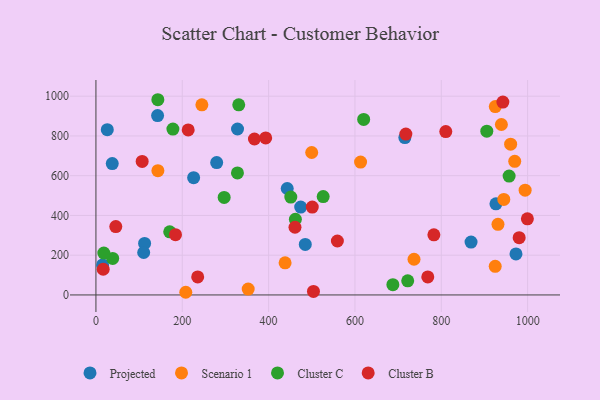
{"axis": {"x": "Distance", "y": "Salary"}, "legend": ["Cluster B", "Cluster C", "Projected", "Scenario 1"], "data": [{"x": "142.8", "y": 902.4, "type": "Projected"}, {"x": "443.1", "y": 535.6, "type": "Projected"}, {"x": "868.9", "y": 266.1, "type": "Projected"}, {"x": "484.9", "y": 254.3, "type": "Projected"}, {"x": "15.5", "y": 150.9, "type": "Projected"}, {"x": "112.7", "y": 259.2, "type": "Projected"}, {"x": "110.6", "y": 213.5, "type": "Projected"}, {"x": "226.3", "y": 590.2, "type": "Projected"}, {"x": "474.3", "y": 442.0, "type": "Projected"}, {"x": "37.8", "y": 660.7, "type": "Projected"}, {"x": "973.0", "y": 206.6, "type": "Projected"}, {"x": "279.7", "y": 666.0, "type": "Projected"}, {"x": "328.0", "y": 835.0, "type": "Projected"}, {"x": "926.6", "y": 458.3, "type": "Projected"}, {"x": "715.6", "y": 792.0, "type": "Projected"}, {"x": "26.3", "y": 831.7, "type": "Projected"}, {"x": "613.0", "y": 668.4, "type": "Scenario 1"}, {"x": "736.8", "y": 179.5, "type": "Scenario 1"}, {"x": "208.1", "y": 13.4, "type": "Scenario 1"}, {"x": "924.9", "y": 143.9, "type": "Scenario 1"}, {"x": "931.3", "y": 355.3, "type": "Scenario 1"}, {"x": "994.2", "y": 527.2, "type": "Scenario 1"}, {"x": "352.7", "y": 29.7, "type": "Scenario 1"}, {"x": "970.1", "y": 672.3, "type": "Scenario 1"}, {"x": "939.2", "y": 857.5, "type": "Scenario 1"}, {"x": "499.8", "y": 716.7, "type": "Scenario 1"}, {"x": "245.4", "y": 956.5, "type": "Scenario 1"}, {"x": "944.8", "y": 480.5, "type": "Scenario 1"}, {"x": "925.1", "y": 947.8, "type": "Scenario 1"}, {"x": "143.5", "y": 625.0, "type": "Scenario 1"}, {"x": "960.6", "y": 758.5, "type": "Scenario 1"}, {"x": "438.2", "y": 161.4, "type": "Scenario 1"}, {"x": "687.8", "y": 51.5, "type": "Cluster C"}, {"x": "722.2", "y": 71.2, "type": "Cluster C"}, {"x": "620.2", "y": 883.2, "type": "Cluster C"}, {"x": "38.8", "y": 183.6, "type": "Cluster C"}, {"x": "905.4", "y": 823.9, "type": "Cluster C"}, {"x": "451.4", "y": 492.3, "type": "Cluster C"}, {"x": "143.4", "y": 982.2, "type": "Cluster C"}, {"x": "18.3", "y": 210.5, "type": "Cluster C"}, {"x": "462.0", "y": 380.9, "type": "Cluster C"}, {"x": "170.9", "y": 317.4, "type": "Cluster C"}, {"x": "957.1", "y": 598.1, "type": "Cluster C"}, {"x": "526.4", "y": 494.8, "type": "Cluster C"}, {"x": "330.8", "y": 956.6, "type": "Cluster C"}, {"x": "178.3", "y": 834.5, "type": "Cluster C"}, {"x": "327.8", "y": 614.1, "type": "Cluster C"}, {"x": "297.0", "y": 490.4, "type": "Cluster C"}, {"x": "235.7", "y": 90.5, "type": "Cluster B"}, {"x": "980.4", "y": 288.3, "type": "Cluster B"}, {"x": "184.3", "y": 303.2, "type": "Cluster B"}, {"x": "107.1", "y": 671.9, "type": "Cluster B"}, {"x": "213.7", "y": 830.1, "type": "Cluster B"}, {"x": "559.3", "y": 271.5, "type": "Cluster B"}, {"x": "782.8", "y": 302.4, "type": "Cluster B"}, {"x": "461.1", "y": 340.5, "type": "Cluster B"}, {"x": "501.1", "y": 442.2, "type": "Cluster B"}, {"x": "768.7", "y": 90.6, "type": "Cluster B"}, {"x": "999.4", "y": 383.0, "type": "Cluster B"}, {"x": "503.9", "y": 17.7, "type": "Cluster B"}, {"x": "942.6", "y": 970.4, "type": "Cluster B"}, {"x": "16.8", "y": 129.2, "type": "Cluster B"}, {"x": "46.0", "y": 344.0, "type": "Cluster B"}, {"x": "810.4", "y": 821.9, "type": "Cluster B"}, {"x": "717.9", "y": 809.3, "type": "Cluster B"}, {"x": "393.2", "y": 789.8, "type": "Cluster B"}, {"x": "367.2", "y": 784.6, "type": "Cluster B"}]}